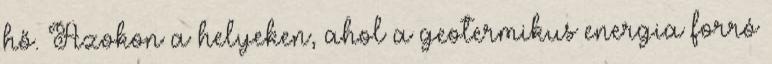
hő. Azokon a helyeken, ahol a geotermikus energia forró